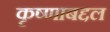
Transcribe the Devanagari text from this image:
कृष्णाबद्दल